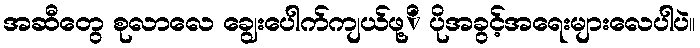
အဆီတွေ စုလာလေ ချွေးပေါက်ကျယ်ဖု့ိ ပိုအခွင့်အရေးများလေပါပဲ။